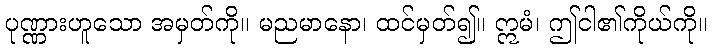
ပုဏ္ဏားဟူသော အမှတ်ကို။ မညမာနော၊ ထင်မှတ်၍။ ဣမံ၊ ဤငါ၏ကိုယ်ကို။